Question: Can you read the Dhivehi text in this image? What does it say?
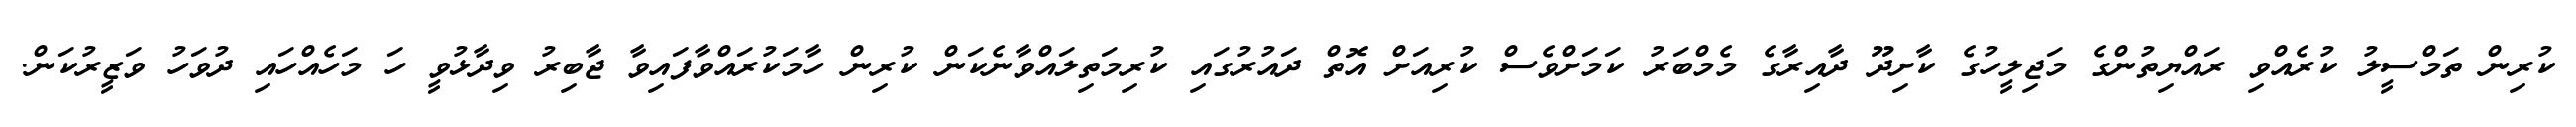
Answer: ކުރިން ތަމްސީލު ކުރެއްވި ރައްޔިތުންގެ މަޖިލީހުގެ ކާށިދޫ ދާއިރާގެ މެމްބަރު ކަމަށްވެސް ކުރިއަށް އޮތް ދައުރުގައި ކުރިމަތިލައްވާނެކަން ކުރިން ހާމަކުރައްވާފައިވާ ޖާބިރު ވިދާޅުވީ ހަ މަހެއްހައި ދުވަހު ވަޒީރުކަން.